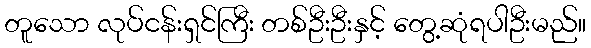
တူသော လုပ်ငန်းရှင်ကြီး တစ်ဦးဦးနှင့် တွေ့ဆုံရပါဦးမည်။